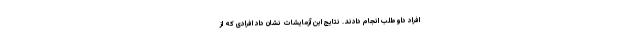
افراد داوطلب انجام دادند. نتایج این آزمایشات نشان داد افرادی که از